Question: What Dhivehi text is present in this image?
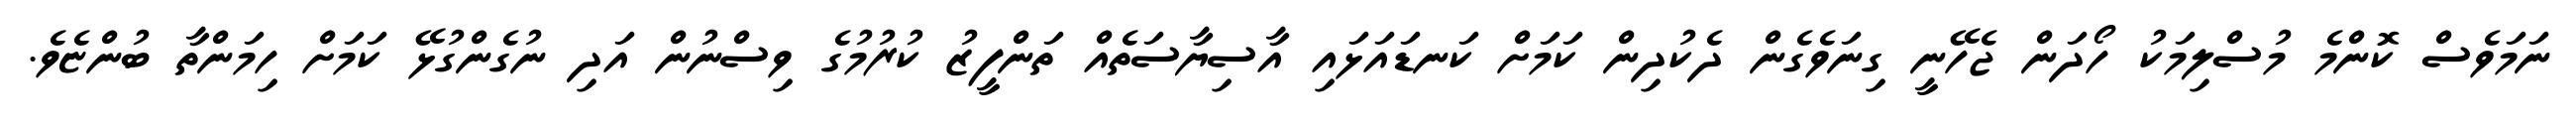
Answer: ނަމަވެސް ކޮންމެ މުސްލިމަކު ހޯދަން ޖެހޭނީ ގިނަވެގެން ދެކުދިން ކަމަށް ކަނޑައަޅައި އާސިޔާސަތެއް ތަންފީޒު ކުރުމުގެ ވިސްނުން އަދި ނުގެންގުޅޭ ކަމަށް ހިމަންތާ ބުންޏެވެ.